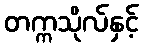
တက္ကသိုလ်နှင့်